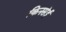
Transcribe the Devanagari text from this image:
किनसेई